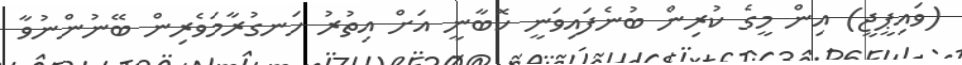
(ވައިޕީޖީ) އިން މީގެ ކުރިން ބުނެފައިވަނީ ކޮބާނީ އަށް އިތުރު ހަނގުރާމަވެރިން ބޭނުންނުވާ